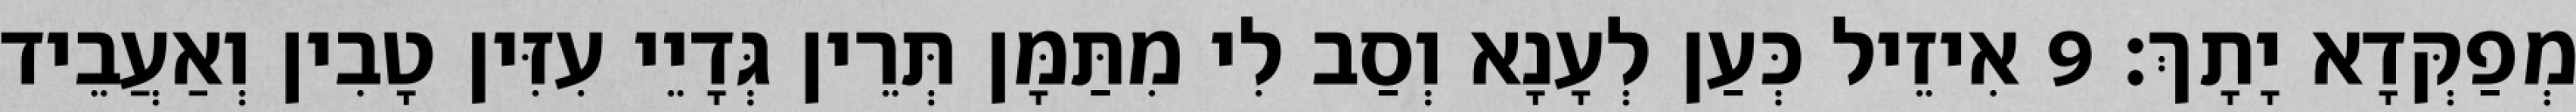
מְפַקְּדָא יָתָךְ׃ 9 אִיזֵיל כְּעַן לְעָנָא וְסַב לִי מִתַּמָּן תְּרֵין גְּדָיֵי עִזִּין טָבִין וְאַעֲבֵיד